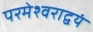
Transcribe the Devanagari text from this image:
परमेश्वराद्वयं